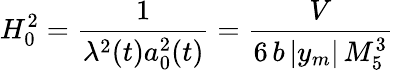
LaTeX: H_{0}^{2}=\frac{1}{\lambda^{2}(t)a_{0}^{2}(t)}=\frac{V}{6\, b\, |y_{m}|\, M_{5}^{3}}\,